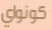
كونواي